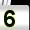
Digit: 5